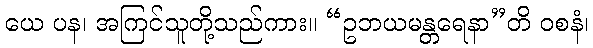
ယေ ပန၊ အကြင်သူတို့သည်ကား။ “ဥဘယမန္တရေနာ”တိ ဝစနံ၊